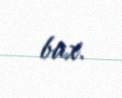
bax.